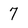
Character: 7